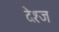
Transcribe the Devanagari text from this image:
देश्ज